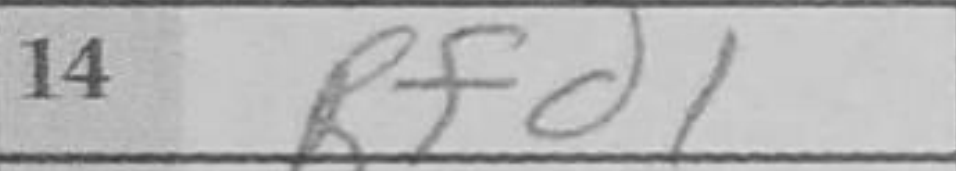
Transcription: Rfd1